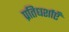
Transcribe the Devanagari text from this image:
प्रतिधर्शाएँ